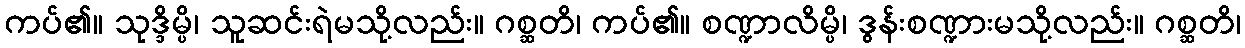
ကပ်၏။ သုဒ္ဒိမ္ပိ၊ သူဆင်းရဲမသို့လည်း။ ဂစ္ဆတိ၊ ကပ်၏။ စဏ္ဍာလိမ္ပိ၊ ဒွန်းစဏ္ဍားမသို့လည်း။ ဂစ္ဆတိ၊